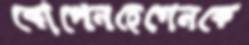
কোপেনহেগেনকে